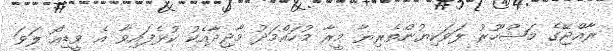
ރާއްޖޭގެ މަޝްހޫރު ލަވަކިޔުންތެރިޔާ މީރާ މުހައްމަދު މާޖިދާއެކު ކުޅެފައިވާ އެ ވީޑިއޯ ލަވަ